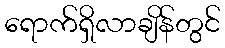
ရောက်ရှိလာချိန်တွင်